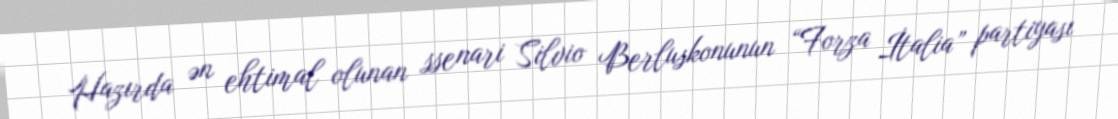
Hazırda ən ehtimal olunan ssenari Silvio Berluskonunun “Forza İtalia” partiyası